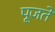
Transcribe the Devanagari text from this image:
पूजतें